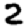
Digit: 2